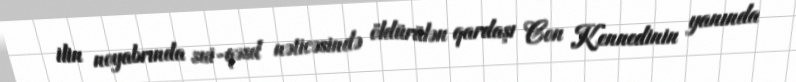
ilin noyabrında sui-qəsd nəticəsində öldürülən qardaşı Con Kennedinin yanında